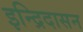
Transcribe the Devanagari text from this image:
इन्द्रिदासन